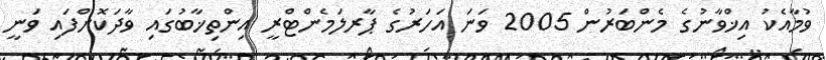
ވުމާއެކު އިޚްވާނުގެ މެންބަރުން 2005 ވަނަ އަހަރުގެ ޕާރލަމެންޓްރީ އިންތިޚާބުގައި ވާދަކޮށްފައި ވަނީ